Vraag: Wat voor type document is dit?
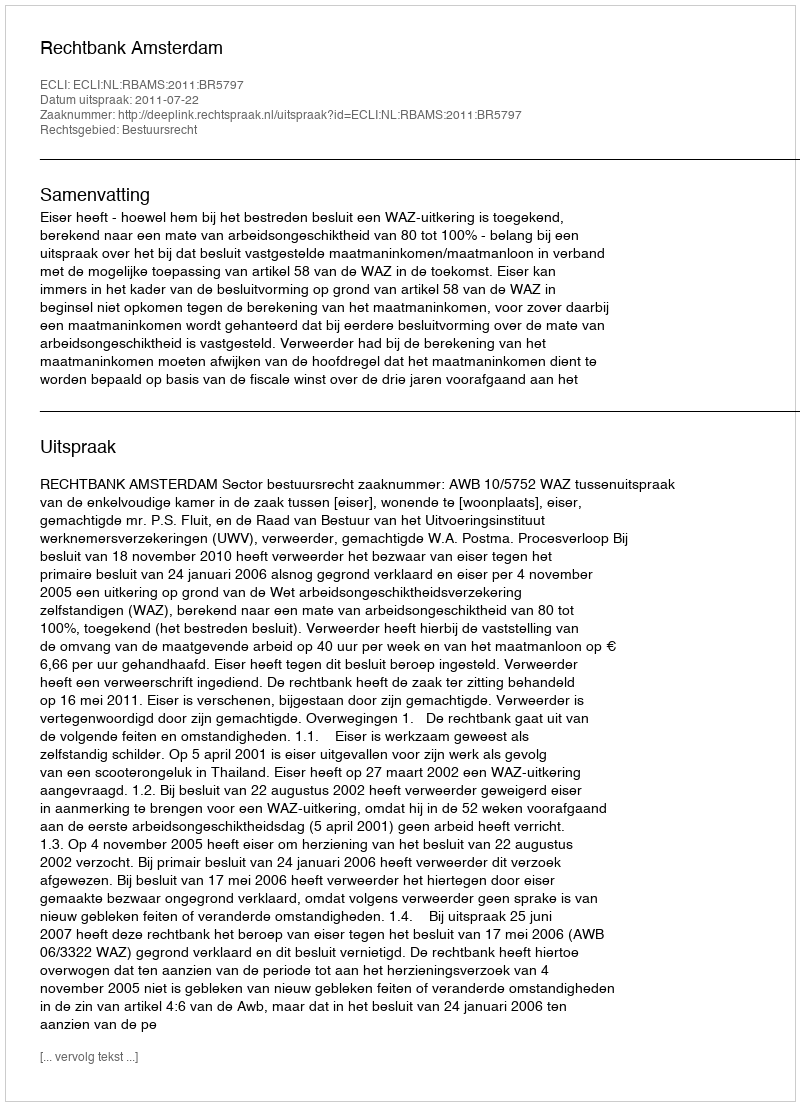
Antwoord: Uitspraak